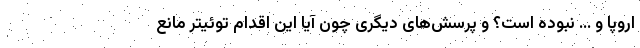
اروپا و ... نبوده است؟ و پرسش‌های دیگری چون آیا این اقدام توئیتر مانع